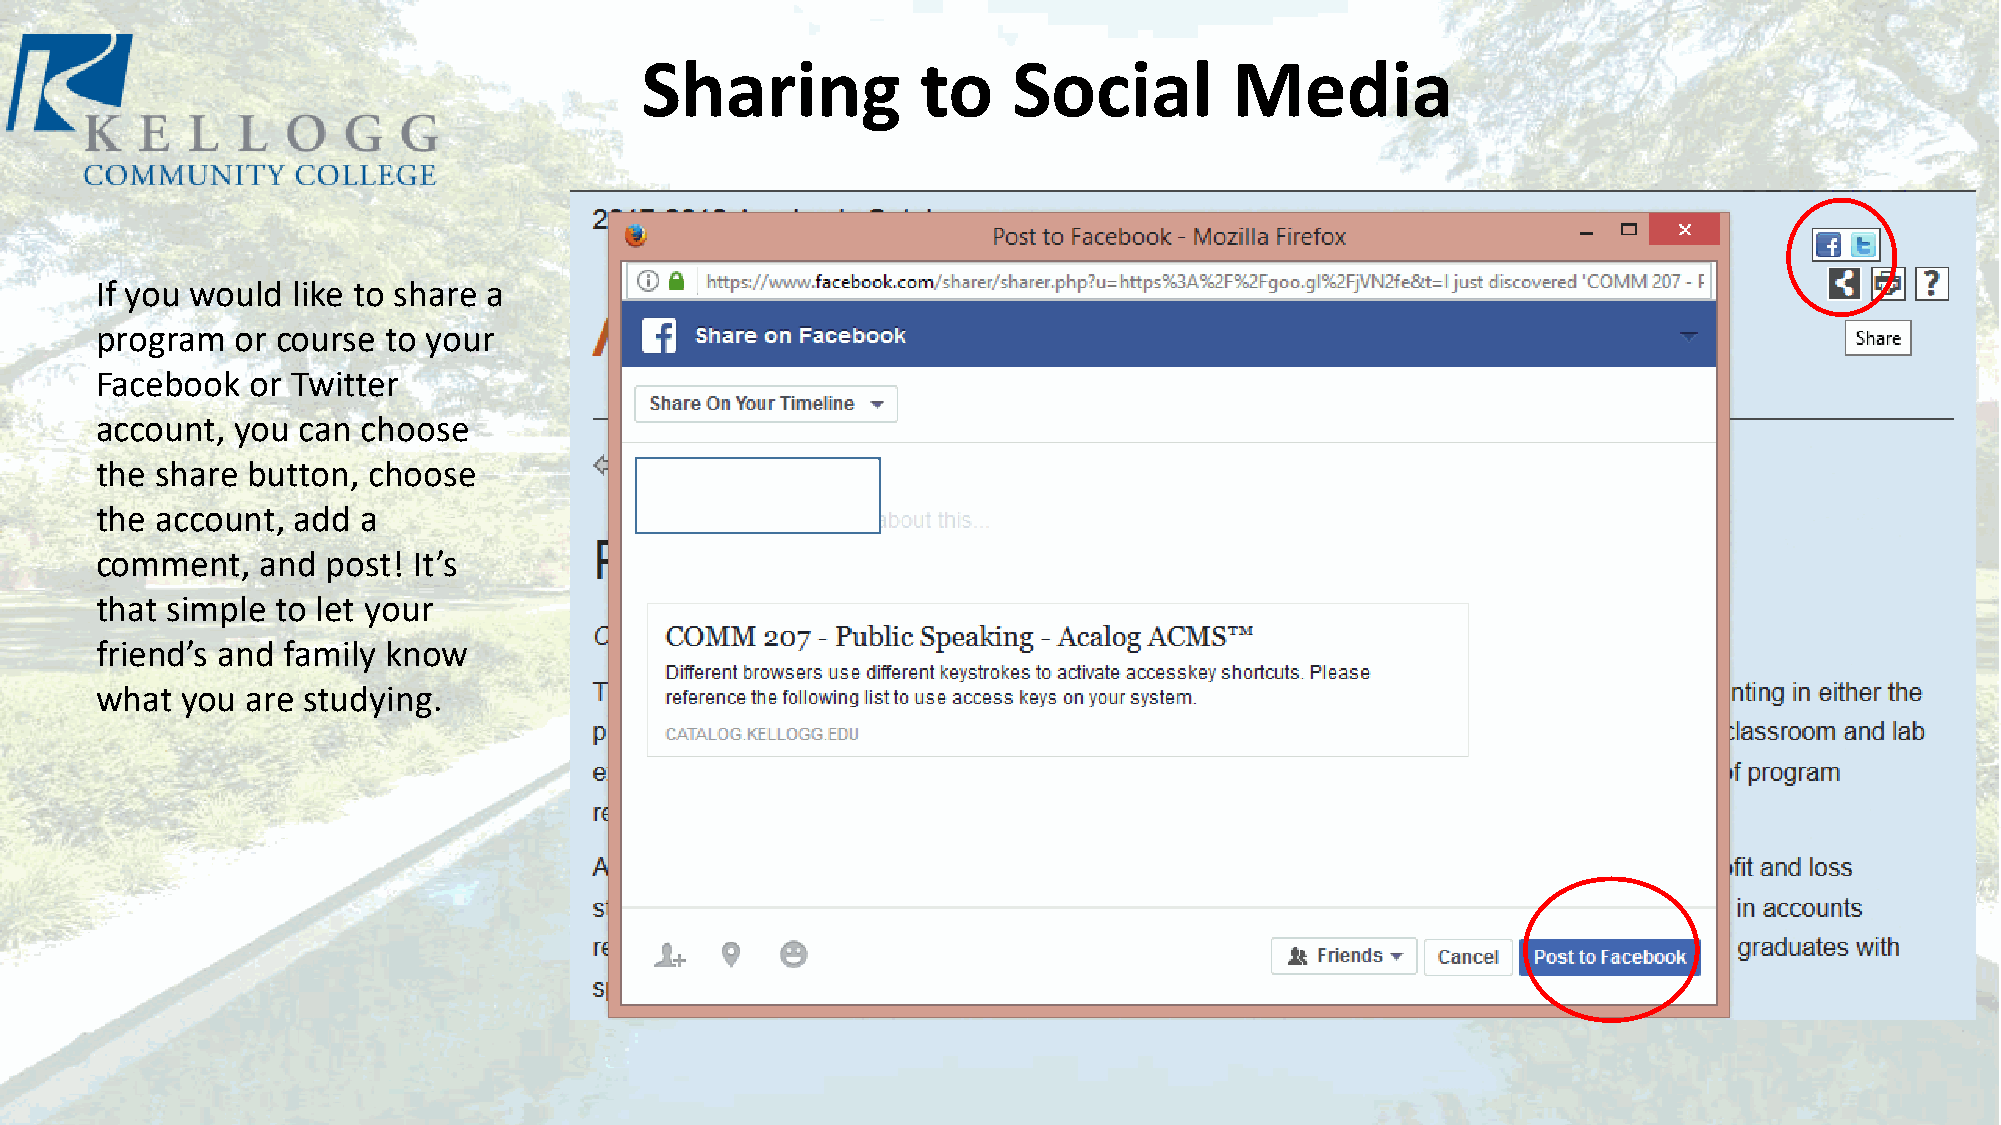
Sharing            to    Social         Media
 If you would like to share a
 program   or course to your
 Facebook   or Twitter
 account,  you can choose
 the share button, choose
 the account, add  a
 comment,   and  post! It’s
 that simple to let your
 friend’s and family know
 what  you are studying.